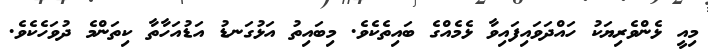
މިއީ ޅެންވެރިޔަކު ހައްދަވައިފައިވާ ޅެމެއްގެ ބައިތެކެވެ. މިބައިތު އަޅުގަނޑު އަޑުއަހާތާ ކިތަންމެ ދުވަހެކެވެ.